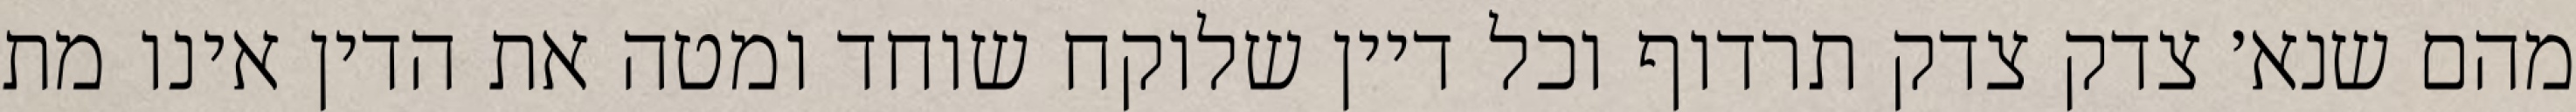
מהם שנא׳ צדק צדק תרדוף וכל דיין שלוקח שוחד ומטה את הדין אינו מת